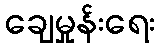
ချေမှုန်းရေး